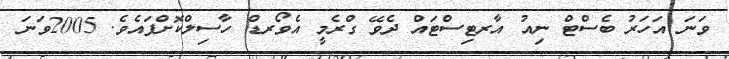
ވަނަ އަހަރު ބެސްޓް ނިއު އާރޓިސްޓައް ދެވޭ ގްރެމީ އެވޯރޑް ހާސިލްކޮށްފައެވެ. 2005ވަނަ